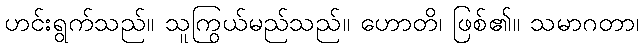
ဟင်းရွက်သည်။ သူကြွယ်မည်သည်။ ဟောတိ၊ ဖြစ်၏။ သမာဂတာ၊